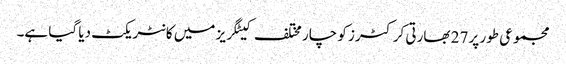
مجموعی طور پر 27 بھارتی کرکٹرز کو چار مختلف کیٹگریز میں کانٹریکٹ دیا گیا ہے۔